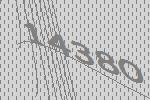
14380